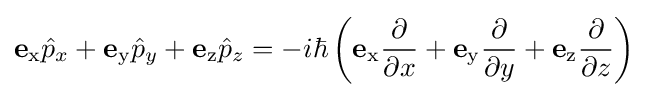
\mathbf {e} _{\mathrm {x} }{\hat {p}}_{x}+\mathbf {e} _{\mathrm {y} }{\hat {p}}_{y}+\mathbf {e} _{\mathrm {z} }{\hat {p}}_{z}=-i\hbar \left(\mathbf {e} _{\mathrm {x} }{\frac {\partial }{\partial x}}+\mathbf {e} _{\mathrm {y} }{\frac {\partial }{\partial y}}+\mathbf {e} _{\mathrm {z} }{\frac {\partial }{\partial z}}\right)